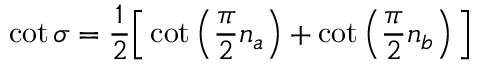
\cot \sigma = \frac { 1 } { 2 } \Big [ \cot \left( \frac { \pi } { 2 } n _ { a } \right) + \cot \left( \frac { \pi } { 2 } n _ { b } \right) \Big ]